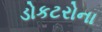
ડોકટરોના